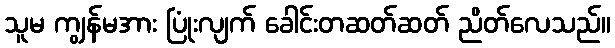
သူမ ကျွန်မအား ပြုံးလျက် ခေါင်းတဆတ်ဆတ် ညိတ်လေသည်။